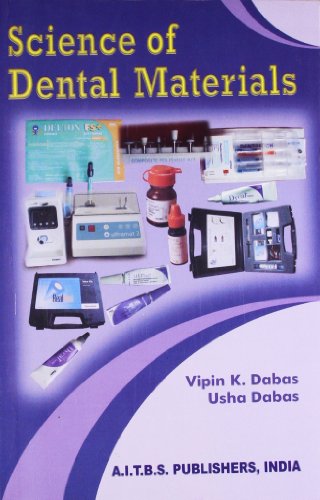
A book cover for Science Of Dental Materials; Eugene W. Phillips, Ralph W., Skinner; Medical Books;